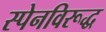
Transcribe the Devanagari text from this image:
स्पेनविरूद्ध